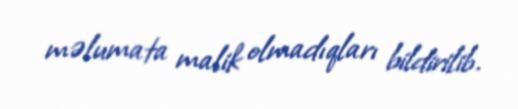
məlumata malik olmadıqları bildirilib.